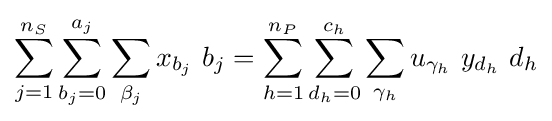
\sum _{j=1}^{n_{S}}\sum _{b_{j}=0}^{a_{j}}\sum _{\beta _{j}}x_{b_{j}}\ b_{j}=\sum _{h=1}^{n_{P}}\sum _{d_{h}=0}^{c_{h}}\sum _{\gamma _{h}}u_{\gamma _{h}}\ y_{d_{h}}\ d_{h}